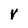
Character: V